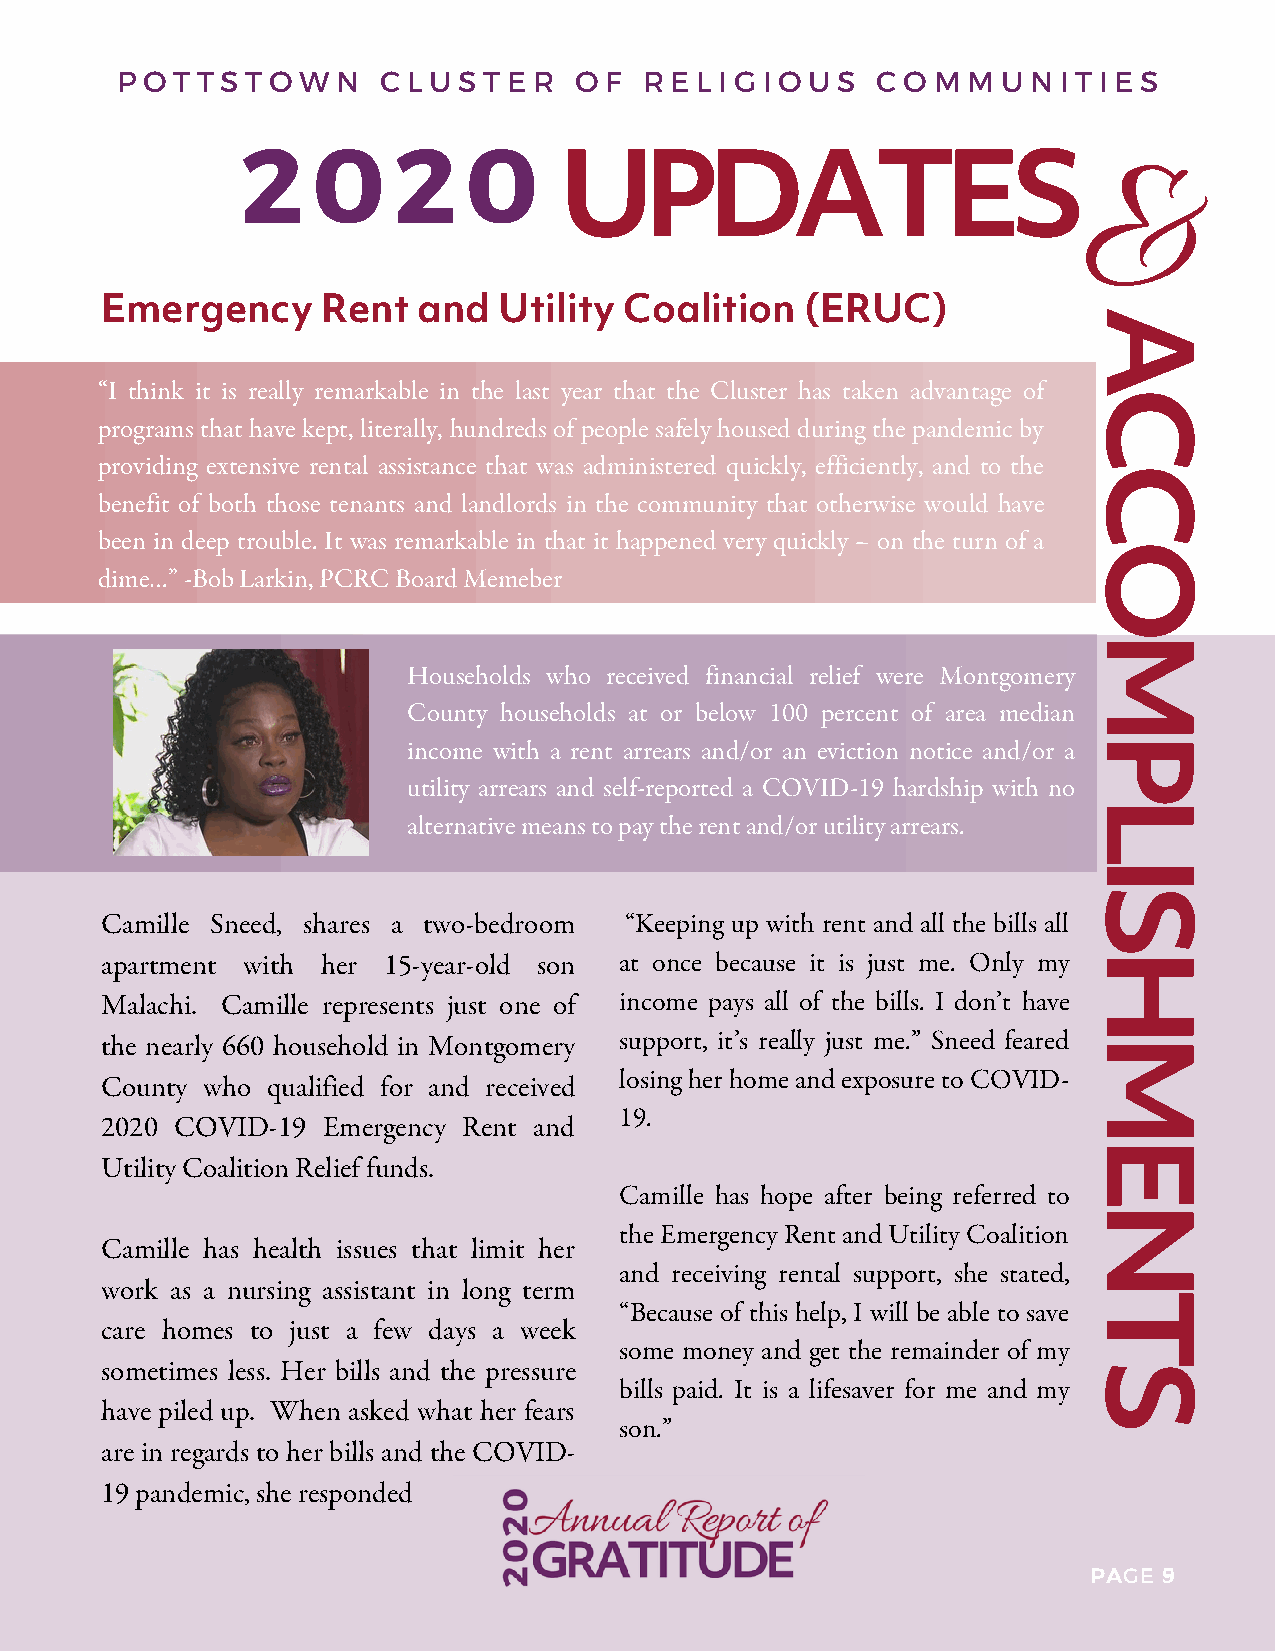
P O T T S T O W N C L U S T E R O F R E L I G I O U S C O M M U N I T I E S
 2    0    2    0
 UPDATES
 &
 Emergency     Rent   and  Utility Coalition   (ERUC)
 A
 “I think it is really remarkable in the last year that the Cluster has taken advantage of
 C
 programs that have kept, literally, hundreds of people safely housed during the pandemic by
 providing extensive rental assistance that was administered quickly, efficiently, and to the
 C
 benefit of both those tenants and landlords in the community that otherwise would have
 been in deep trouble. It was remarkable in that it happened very quickly – on the turn of a
 O
 dime…” -Bob Larkin, PCRC Board Memeber
 M
 Households who received financial relief were Montgomery
 County households at or below 100 percent of area median
 income with a rent arrears and/or an eviction notice and/or aP
 utility arrears and self-reported a COVID-19 hardship with no
 L
 alternative means to pay the rent and/or utility arrears.
 I
 S
 Camille Sneed, shares a two-bedroom “Keeping up with rent and all the bills all
 apartment with her 15-year-old son at once because it is just me. Only my H
 Malachi. Camille represents just one of income pays all of the bills. I don’t have
 the nearly 660 household in Montgomery support, it’s really just me.” Sneed feared M
 losing her home and exposure to COVID-
 County who qualified for and received
 19.
 2020 COVID-19 Emergency Rent and
 E
 Utility Coalition Relief funds.
 Camille has hope after being referred to
 N
 the Emergency Rent and Utility Coalition
 Camille has health issues that limit her
 and receiving rental support, she stated,
 work as a nursing assistant in long term
 T
 “Because of this help, I will be able to save
 care homes to just a few days a week
 some money and get the remainder of my
 sometimes less. Her bills and the pressure                      S
 bills paid. It is a lifesaver for me and my
 have piled up. When asked what her fears
 son.”
 are in regards to her bills and the COVID-
 19 pandemic, she responded
 PPAAGGEE 95